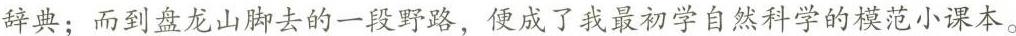
辞典，而到盘龙山脚去的一段野路，便成了我最初学自然科学的模范小课本。